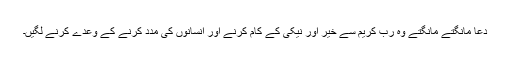
دعا مانگتے مانگتے وہ رب کریم سے خیر اور نیکی کے کام کرنے اور انسانوں کی مدد کرنے کے وعدے کرنے لگیں۔